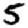
Digit: 5